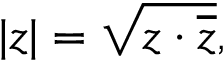
| z | = { \sqrt { z \cdot { \overline { { z } } } } } ,